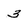
Character: 3